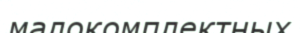
малокомплектных